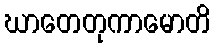
ဃာတေတုကာမောတိ